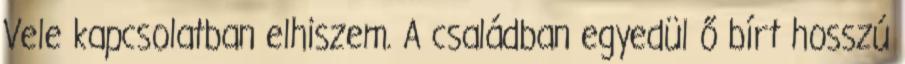
Vele kapcsolatban elhiszem. A családban egyedül ő bírt hosszú